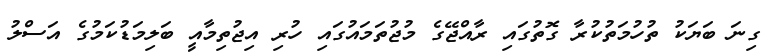
ގިނަ ބަޔަކު ތުހުމަތުކުރާ ގޮތުގައި ރާއްޖޭގެ މުޖުތަމައުގައި ހުރި އިޖުތިމާއީ ބަލިމަޑުކަމުގެ އަސްލު